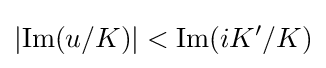
\left|\operatorname {Im} (u/K)\right|<\operatorname {Im} (iK'/K)